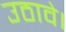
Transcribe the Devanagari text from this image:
उठावे।